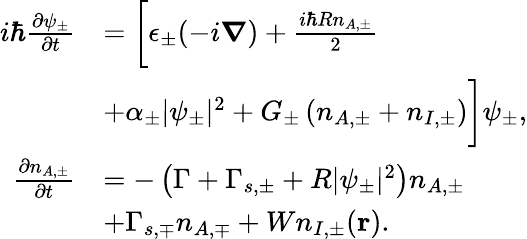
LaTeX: \begin{array}{rl}{i\hbar\frac{\partial\psi_{\pm}}{\partial t}}&{=\bigg[\epsilon_{\pm}(-i\boldsymbol{\nabla})+\frac{i\hbar Rn_{A,\pm}}{2}}\\ &{+\alpha_{\pm}|\psi_{\pm}|^{2}+G_{\pm}\left(n_{A,\pm}+n_{I,\pm}\right)\bigg]\psi_{\pm},}\\ {\frac{\partial n_{A,\pm}}{\partial t}}&{=-\left(\Gamma+\Gamma_{s,\pm}+R|\psi_{\pm}|^{2}\right)n_{A,\pm}}\\ &{+\Gamma_{s,\mp}n_{A,\mp}+Wn_{I,\pm}(\mathbf{r}).}\end{array}